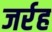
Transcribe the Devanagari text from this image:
जर्रह